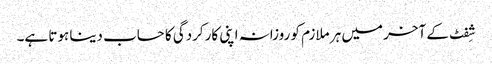
شِفٹ کے آخر میں ہر ملازم کو روزانہ اپنی کارکردگی کا حساب دینا ہوتا ہے۔